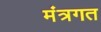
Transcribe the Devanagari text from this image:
मंत्रगत